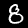
Digit: 8